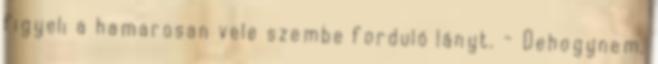
figyeli a hamarosan vele szembe forduló lányt. - Dehogynem.